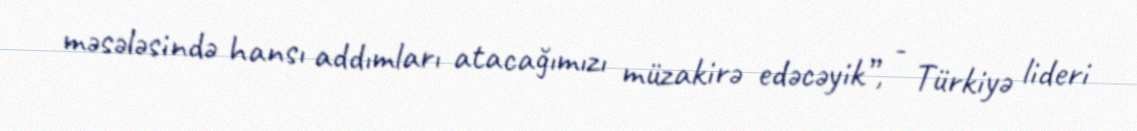
məsələsində hansı addımları atacağımızı müzakirə edəcəyik”, - Türkiyə lideri